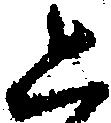
上